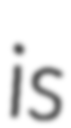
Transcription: is